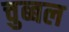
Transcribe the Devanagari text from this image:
चुब्बल